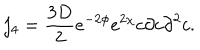
LaTeX: j _ { 4 } = \frac { 3 D } { 2 } e ^ { - 2 \phi } e ^ { 2 \chi } c \partial c { \partial } ^ { 2 } c .